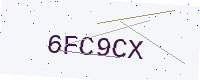
Text: 6FC9CX